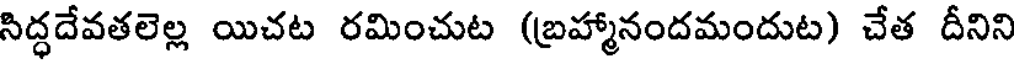
సిద్ధదేవతలెల్ల యిచట రమించుట (బ్రహ్మానందమందుట) చేత దీనిని